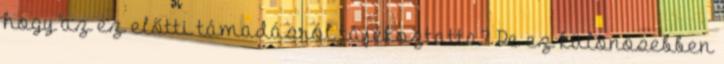
hogy az ez előtti támadásról tájékoztatta? De ez különösebben